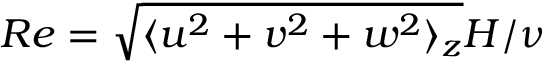
R e = \sqrt { \langle u ^ { 2 } + v ^ { 2 } + w ^ { 2 } \rangle _ { z } } H / \nu